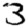
Digit: 3